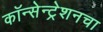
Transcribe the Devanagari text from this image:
कॉन्सेन्ट्रेशनचा